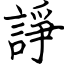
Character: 諍